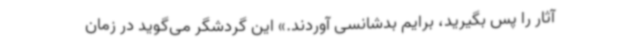
آثار را پس بگیرید، برایم بدشانسی آوردند.» این گردشگر می‌گوید در زمان